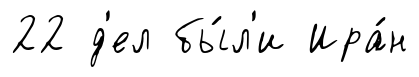
22 д'ел бы́л'и Ира́н